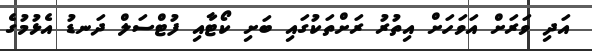
އަދި ވަރަށް އަވަހަށް އިތުރު ރަށްތަކުގައި ބަށި ކޯޓާއި ފުޓްސަލް ދަނޑު އެޅުމުގެ